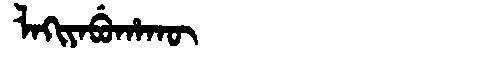
Manchu: ᠯᠠᡴᡳᠶᠠᠪᡠᡥᠠᡴᡡ
Romanization: LAKIYABUHAKŪ